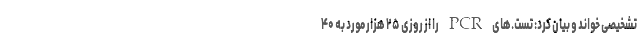
تشخیصی خواند و بیان کرد: تست.های PCR را از روزی ۲۵ هزار مورد به ۴۰